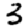
Digit: 3